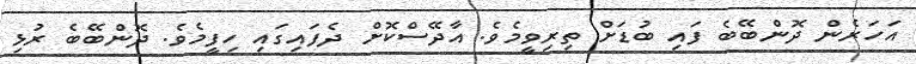
އަހަރެން ދޮންބޭބެ ފައި ބުޑަށް ތިރިވީމެވެ. އާދޭސްކޮށް ދެފައިގައި ހިފީމެވެ. ދޮންބޭބެ ރުޅި